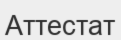
Аттестат